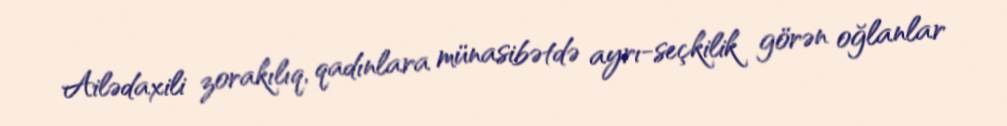
Ailədaxili zorakılıq, qadınlara münasibətdə ayrı-seçkilik görən oğlanlar